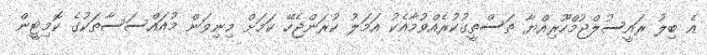
އެ ބިލު ރައީސުލްޖުމްހޫރިއްޔާ ތަސްތީގުކުރެއްވުމާއެކު އަމަލު ކުރަންޖެހޭ ކަމަށް މިނިވަން މުއައްސަސާތަކުގެ ކޮމިޓީން